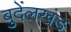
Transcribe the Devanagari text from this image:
बुदेंलखंड